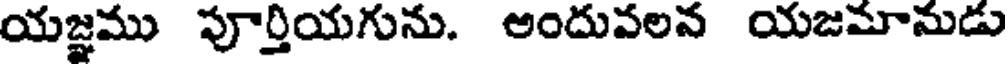
యజ్ఞము పూర్తియగును. అందువలన యజమామడు